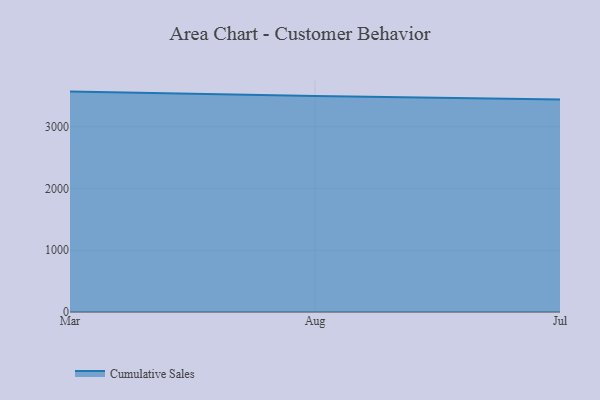
{"axis": {"x": "Month", "y": "Inventory Turnover"}, "legend": ["Cumulative Sales"], "data": [{"x": "Mar", "y": 3569.9, "type": "Cumulative Sales"}, {"x": "Aug", "y": 3498.7, "type": "Cumulative Sales"}, {"x": "Jul", "y": 3442.3, "type": "Cumulative Sales"}]}